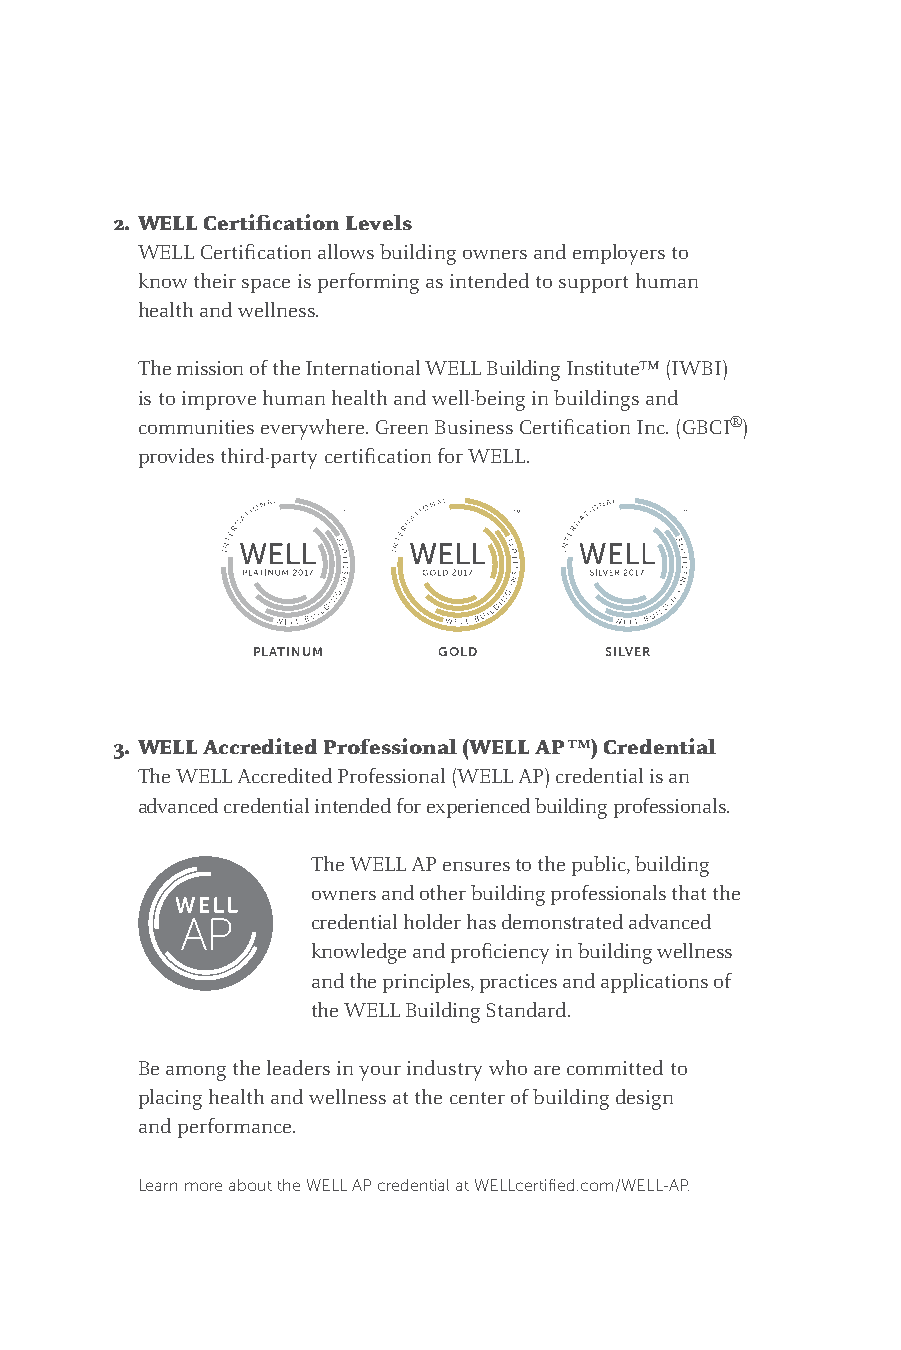
2. WELL Certification Levels
 WELL Certification allows building owners and employers to
 know their space is performing as intended to support human
 health and wellness.
 The mission of the International WELL Building Institute™ (IWBI)
 is to improve human health and well-being in buildings and
 communities everywhere. Green Business Certification Inc. (GBCI®)
 provides third-party certification for WELL.
 PLATINUM    GOLD       SILVER
 3. WELL Accredited Professional (WELL AP™) Credential
 The WELL Accredited Professional (WELL AP) credential is an
 advanced credential intended for experienced building professionals.
 The WELL AP ensures to the public, building
 owners and other building professionals that the
 credential holder has demonstrated advanced
 knowledge and proficiency in building wellness
 and the principles, practices and applications of
 the WELL Building Standard.
 Be among the leaders in your industry who are committed to
 placing health and wellness at the center of building design
 and performance.
 Learn more about the WELL AP credential at WELLcertified.com/WELL-AP.